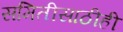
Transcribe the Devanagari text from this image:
समितीसाठीही